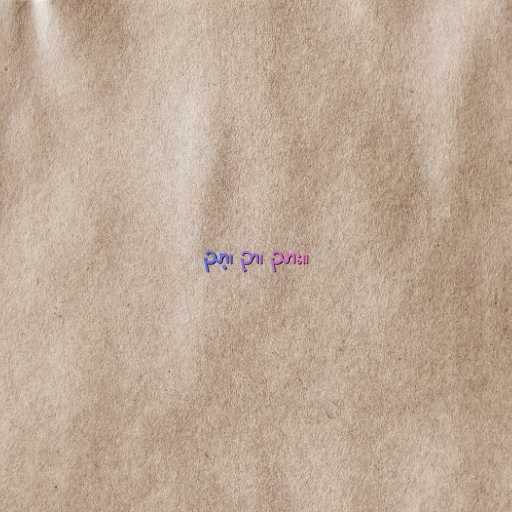
ညာ့၊ ဉာ၊ ညား။